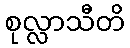
စုလ္လာသီတိ